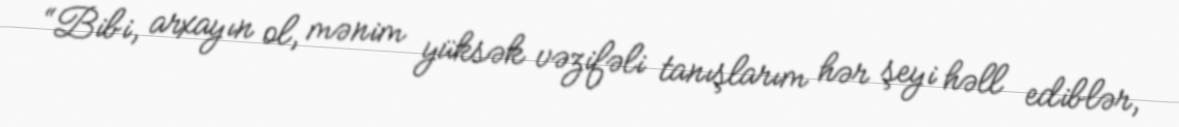
“Bibi, arxayın ol, mənim yüksək vəzifəli tanışlarım hər şeyi həll ediblər,